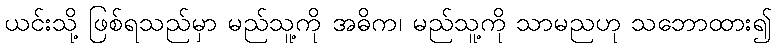
ယင်းသို့ ဖြစ်ရသည်မှာ မည်သူ့ကို အဓိက၊ မည်သူ့ကို သာမညဟု သဘောထား၍